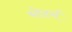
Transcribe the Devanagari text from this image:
मोदर्न